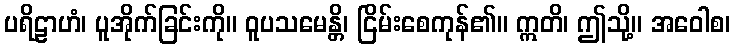
ပရိဠာဟံ၊ ပူအိုက်ခြင်းကို။ ဝူပသမေန္တိ၊ ငြိမ်းစေကုန်၏။ ဣတိ၊ ဤသို့။ အဝေါစ၊